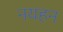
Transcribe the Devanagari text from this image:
नयहन